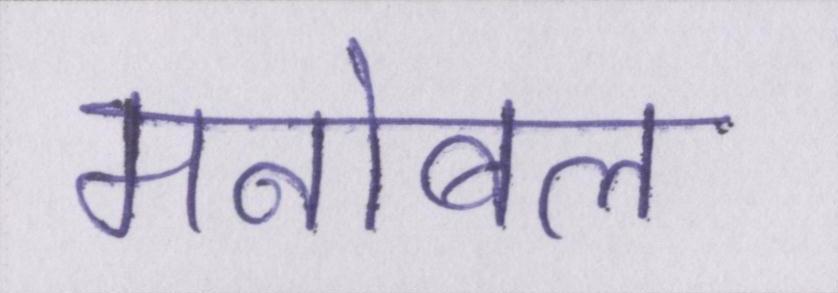
मनोबल